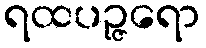
ရထပဉ္ဇရော